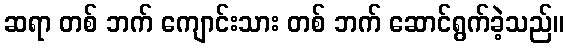
ဆရာ တစ် ဘက် ကျောင်းသား တစ် ဘက် ဆောင်ရွက်ခဲ့သည်။